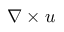
\nabla \times \boldsymbol { u }